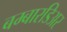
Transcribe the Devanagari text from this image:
बम्बारडिअर